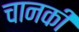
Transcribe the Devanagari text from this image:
चानकी